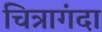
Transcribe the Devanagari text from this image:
चित्रागंदा